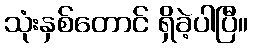
သုံးနှစ်တောင် ရှိခဲ့ပါပြီ။